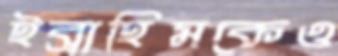
ইব্রাহিমকেও